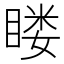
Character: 䁖